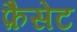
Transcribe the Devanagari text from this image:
फ़ैसेट